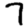
Digit: 7